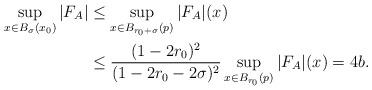
LaTeX: \begin{align*}\sup_{x\in B_{\sigma}(x_{0})}|F_{A}|&\leq\sup_{x\in B_{r_{0}+\sigma}(p)}|F_{A}|(x)\\&\leq\frac{(1-2r_{0})^{2}}{(1-2r_{0}-2\sigma)^{2}}\sup_{x\in B_{r_{0}}(p)}|F_{A}|(x)=4b.\\\end{align*}